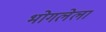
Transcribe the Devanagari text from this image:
भोगलेला